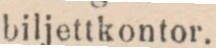
biljettkontor.